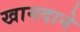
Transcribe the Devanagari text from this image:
खानदाने